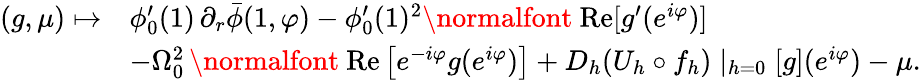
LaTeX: \begin{array}{rl}{(g,\mu)\mapsto}&{\phi_{0}^{\prime}(1)\, \partial_{r}\bar{\phi}(1,\varphi)-\phi_{0}^{\prime}(1)^{2}\mathrm{\normalfont~Re}[g^{\prime}(e^{i\varphi})]}\\ &{-\Omega_{0}^{2}\, \mathrm{\normalfont~Re}\left[e^{-i\varphi}g(e^{i\varphi})\right]+D_{h}(U_{h}\circ f_{h})\mid_{h=0}[g](e^{i\varphi})-\mu.}\end{array}